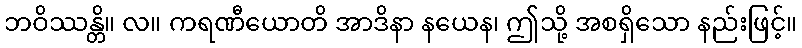
ဘဝိဿန္တိ။ လ။ ကရဏီယောတိ အာဒိနာ နယေန၊ ဤသို့ အစရှိသော နည်းဖြင့်။